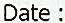
DATE :